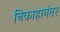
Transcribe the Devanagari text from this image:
निकाहानंतर